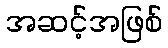
အဆင့်အဖြစ်